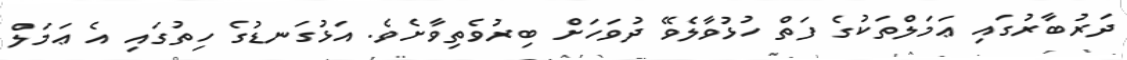
ދަރުބާރުގައި ޢަމަލްތަކުގެ ފަތް ހުޅުވާލެވޭ ދުވަހަށް ބިރުވެތިވާށެވެ. އަޅުގަނޑުގެ ހިތުގައި އެ ޢަމަލް